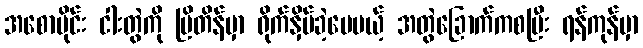
အစောပိုင်း ငါးတွဲကို ဗြိတိန်မှာ ရိုက်နှိပ်ခဲ့ပေမယ့် အတွဲခြောက်ကစပြီး ရန်ကုန်မှာ